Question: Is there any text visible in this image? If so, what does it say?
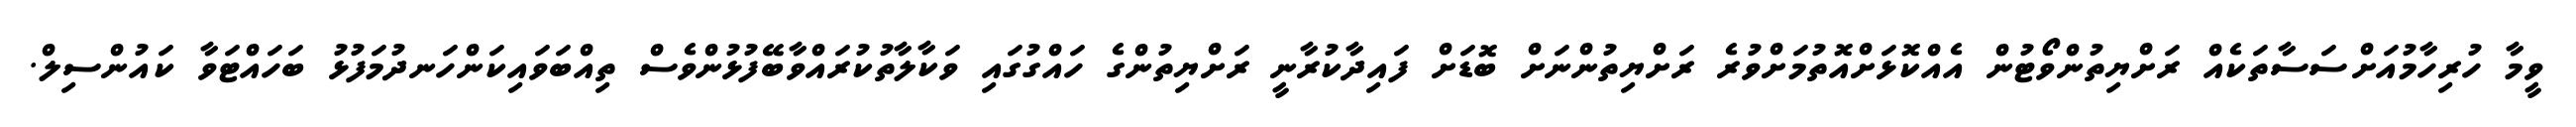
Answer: ވީމާ ހުރިހާމުއަށްސަސާތަކެއް ރަށްޔިތުންވޯޓުން އެއްކޮޅަށްއޮތުމަށްވުރެ ރަށްޔިތުންނަށް ބޮޑަށް ފައިދާކުރާނީ ރަށްޔިތުންގެ ހައްގުގައި ވަކާލާތުކުރައްވާބޭފުޅުންވެސް ތިއްބަވައިކަންހަނދުމަފުޅު ބަހައްޓަވާ ކައުންސިލް.